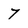
Character: 7